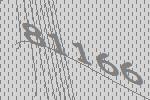
81166